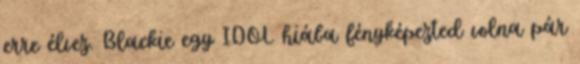
erre élvez. Blackie egy IDOL hiába fényképezted volna pár